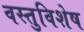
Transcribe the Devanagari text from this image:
वस्तुविशेष